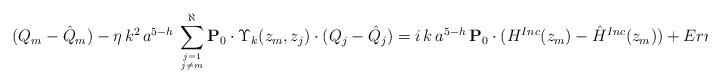
LaTeX: \begin{align*}(Q_{m}-\hat Q_{m}) - \eta \, k^2 \, a^{5-h}\, \sum_{j=1 \atop j \neq m}^\aleph {\bf{P}}_{0} \cdot \Upsilon_k(z_{m}, z_j) \cdot (Q_j-\hat{Q}_j)= i \, k \, a^{5-h} \, {\bf{P}}_{0} \cdot ( H^{Inc}(z_{m})-\hat H^{Inc}(z_{m}))+Error,\end{align*}